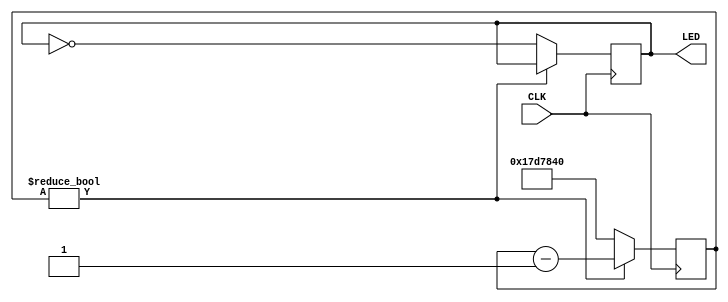
`timescale 1ns / 1ps

module controller#
(
    parameter integer CLOCK_FREQ = 100000000
)
(
    input CLK,
    output LED
);

    reg       led = 0;
    reg[31:0] counter = 0;
    
    always @(posedge CLK) begin
    
        if (counter)
            counter <= counter - 1;
        else begin
            led <= ~led;
            counter <= CLOCK_FREQ / 4;
        end
    end
    
    assign LED = led;

endmodule